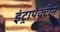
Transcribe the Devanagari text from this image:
इंट्रापेक्टीन